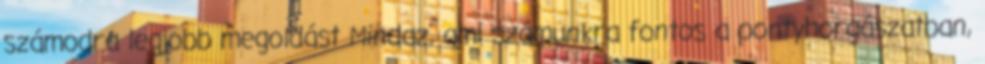
számodra legjobb megoldást Mindaz, ami számunkra fontos a pontyhorgászatban,